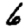
Digit: 6